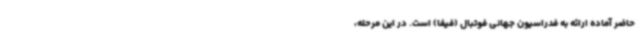
حاضر آماده ارائه به فدراسیون جهانی فوتبال (فیفا) است. در این مرحله،